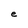
Character: e